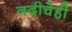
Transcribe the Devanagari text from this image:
नदीचेही